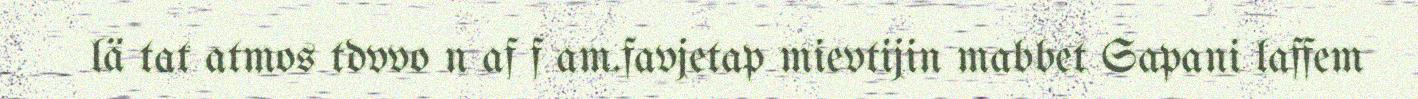
lä tat atmos tdvvo n af f am.favjetap mievtijin mabbet Sapani laffem